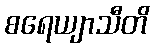
စရေယျာသီတိ